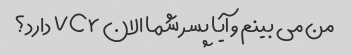
من می بینم و آیا پسر شما الان Vcr دارد؟